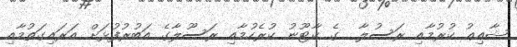
ޝާއިޢު ކުރުމާއި ރަސުލާ  ގެ ކާޓޫނު ކުރެހުމާއި ރަސޫލާގެ އަބުރުފުޅަށް އަރައިގަތުމާއި